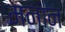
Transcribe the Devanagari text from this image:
मनान